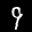
Label: 9